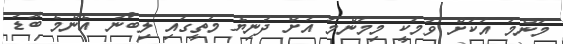
މަންމަ އަކަށް ވުމަކީ މިމަންމަ އަށް ދުނިޔެ މަތީގައި ލިބުނު އެންމެ ބޮޑު